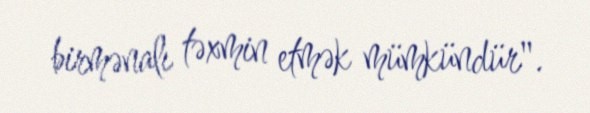
birmənalı təxmin etmək mümkündür".